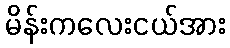
မိန်းကလေးငယ်အား